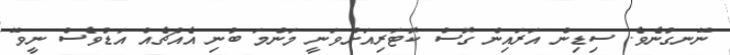
ނޭނގުނެވެ. ސިޑިން އަރައިން ގޮސް ކޮޓަރިއަށްވަނީ މަންމަ ބުނި އެއްޗެއް އަޑުވެސް ނީވޭ